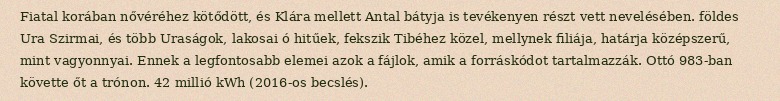
Fiatal korában nővéréhez kötődött, és Klára mellett Antal bátyja is tevékenyen részt vett nevelésében. földes Ura Szirmai, és több Uraságok, lakosai ó hitűek, fekszik Tibéhez közel, mellynek filiája, határja középszerű, mint vagyonnyai. Ennek a legfontosabb elemei azok a fájlok, amik a forráskódot tartalmazzák. Ottó 983-ban követte őt a trónon. 42 millió kWh (2016-os becslés).